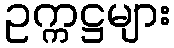
ဥက္ကဋ္ဌများ